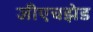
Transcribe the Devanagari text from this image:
जीएचझेड